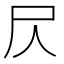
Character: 𡰦